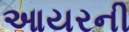
આયરની